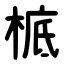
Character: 㭽